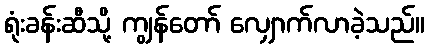
ရုံးခန်းဆီသို့ ကျွန်တော် လျှောက်လာခဲ့သည်။